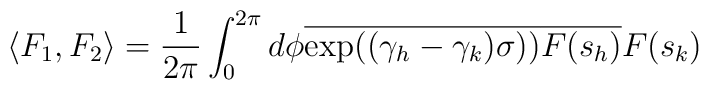
\langle F_1,F_2\rangle=\frac{1}{2\pi}\int_0^{2\pi} d\phi\overline{\exp((\gamma_h-\gamma_k)\sigma ))}\overline{F(s_h)}F(s_k)